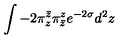
\int - 2 \pi _ { z } ^ { \bar { z } } \pi _ { \bar { z } } ^ { z } e ^ { - 2 \sigma } d ^ { 2 } z